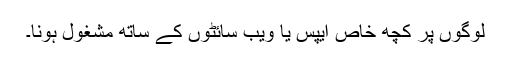
لوگوں پر کچھ خاص ایپس یا ویب سائٹوں کے ساتھ مشغول ہونا۔